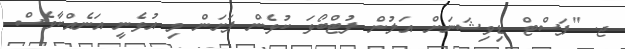
ޖ. "ފަސްޓް ޑިވިޝަނަށް އަލުން ފުޓްބޯޅަ ކުޅެން ފަށަން މި އުޅެނީ އަނެއްކާވެސް